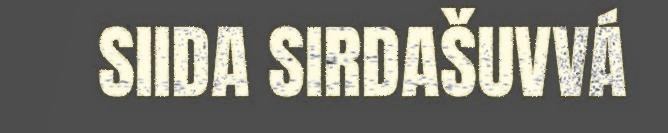
SIIDA SIRDAŠUVVÁ